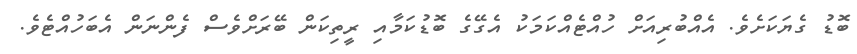
ބޮޑު ގެޔަކަށެވެ. އެއްބުރިއަށް ހުއްޓެއްކަމަކު އެގޭގެ ބޮޑުކަމާއި ރީތިކަން ބޭރަށްވެސް ފެންނަން އެބަހުއްޓެވެ.